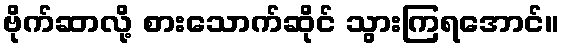
ဗိုက်ဆာလို့ စားသောက်ဆိုင် သွားကြရအောင်။